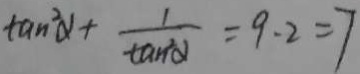
\tan ^ { 2 } \alpha + \frac { 1 } { \tan ^ { 2 } \alpha } = 9 - 2 = 7